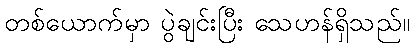
တစ်ယောက်မှာ ပွဲချင်းပြီး သေဟန်ရှိသည်။